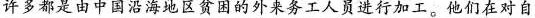
许多都是由中国沿海地区贫困的外来务工人员进行加工。他们在对自